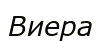
Виера